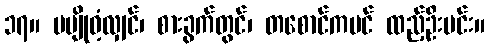
၁၇။ မမျိုဝံ့လျှင်၊ စားခွက်တွင်၊ တစောင်ကပင် ထည့်ဦးမင်း။